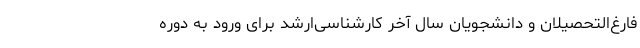
فارغ‌­التحصیلان و دانشجویان سال آخر کارشناسی‌­ارشد برای ورود به دوره